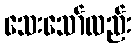
သေးသော်လည်း